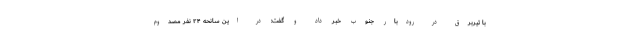
با تیربرق در رودبار جنوب خبر داد و گفت: در این سانحه ۲۴ نفر مصدوم